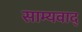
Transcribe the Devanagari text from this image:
साम्यवाद्